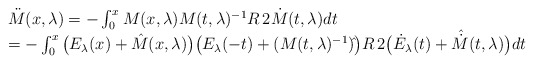
\begin{align*}\begin{array}{l}\ddot M(x,\lambda)=-\int_0^x M(x,\lambda)M(t,\lambda)^{-1} R\,2\dot M(t,\lambda)dt \\= -\int_0^x \big(E_\lambda(x)+ \hat M(x,\lambda) \big)\big(E_\lambda(-t)+ (M(t,\lambda)^{-1})\hat{ } \big) R\,2\big(\dot E_\lambda(t)+ \hat{\dot M}(t,\lambda) \big)dt\end{array}\end{align*}